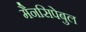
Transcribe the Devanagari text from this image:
मैनसिपेबुल